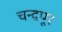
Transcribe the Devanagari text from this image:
चन्द्रपूर